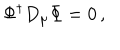
\Phi ^ { \dagger } D _ { \mu } \Phi = 0 \, ,